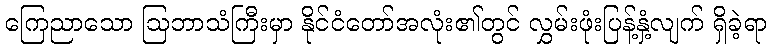
ကြေညာသော ဩဘာသံကြီးမှာ နိုင်ငံတော်အလုံး၏တွင် လွှမ်းဖုံးပြန့်နှံ့လျက် ရှိခဲ့ရာ